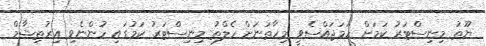
ޔޫތު މިނިސްޓަރު ކަމަށް ހަމަޖައްސެވީ މިހާތަނަށް ހެލްތު މިނިސްޓަރު ކަމުގައި ހުންނެވި އިރުތިޝާމް